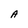
Character: A